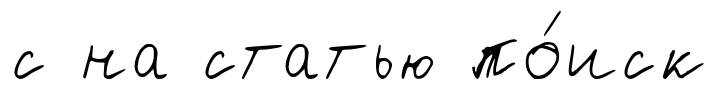
с на статью по́иск